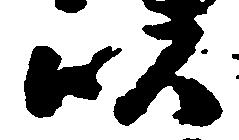
以